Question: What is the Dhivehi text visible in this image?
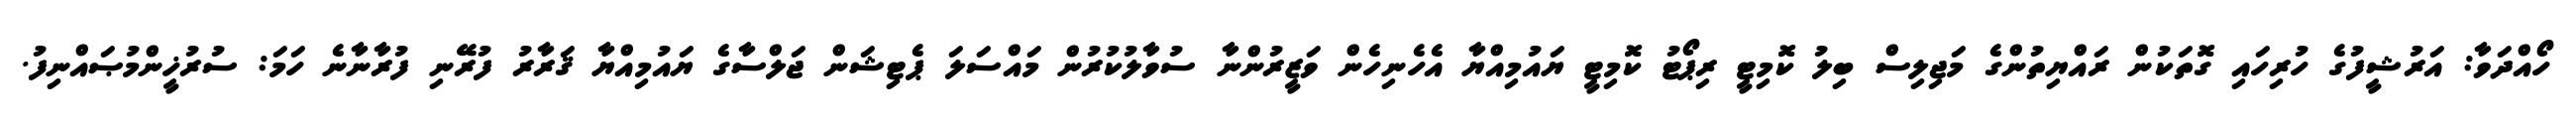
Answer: ހޯއްދަވާ: އަރުޝީފުގެ ހުރިހައި ގޮތަކުން ރައްޔިތުންގެ މަޖިލިސް ބިލު ކޮމިޓީ ރިޕޯޓު ކޮމިޓީ ޔައުމިއްޔާ އެހެނިހެން ވަޒީރުންނާ ސުވާލުކުރުން މައްސަލަ ޕެޓިޝަން ޖަލްސާގެ ޔައުމިއްޔާ ޤަރާރު ފުރޭނި ފުރާނާނެ ހަމަ: ސުރުޚީންމުޞައްނިފު.